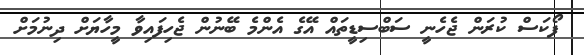
ފޯކަސް ކުރަން ޖެހެނީ ސަބްސިޑީތައް އޭގެ އެންމެ ބޭނުން ޖެހިފައިވާ މީހާޔަށް ދިނުމަށް